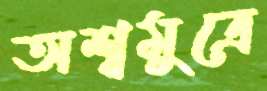
অশ্বমুত্রে